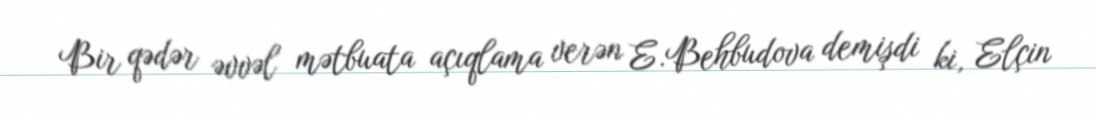
Bir qədər əvvəl mətbuata açıqlama verən E.Behbudova demişdi ki, Elçin